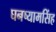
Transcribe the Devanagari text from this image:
घनष्यामसिंह